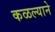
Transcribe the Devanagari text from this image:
कळल्याने